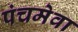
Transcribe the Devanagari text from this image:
पंचमेवा